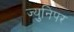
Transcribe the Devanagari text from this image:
ज्युनिपर